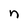
Character: n